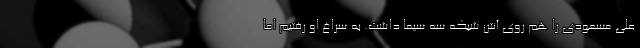
علی مسعودی را هم روی آنتن شبکه سه سیما داشت. به سراغ او رفتیم اما